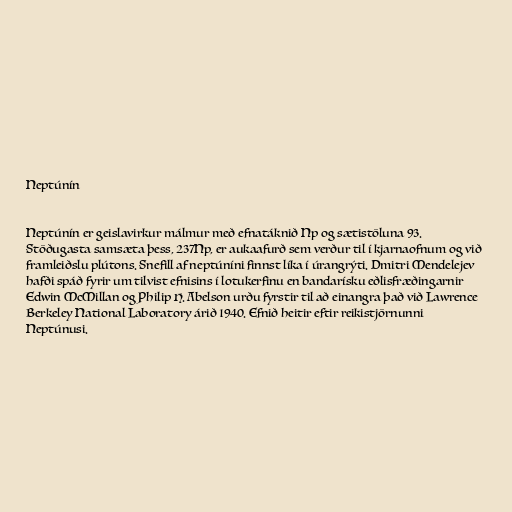
Neptúnín

Neptúnín er geislavirkur málmur með efnatáknið Np og sætistöluna 93.
Stöðugasta samsæta þess, 237Np, er aukaafurð sem verður til í kjarnaofnum og við
framleiðslu plútons. Snefill af neptúníni finnst líka í úrangrýti. Dmitri Mendelejev
hafði spáð fyrir um tilvist efnisins í lotukerfinu en bandarísku eðlisfræðingarnir
Edwin McMillan og Philip H. Abelson urðu fyrstir til að einangra það við Lawrence
Berkeley National Laboratory árið 1940. Efnið heitir eftir reikistjörnunni
Neptúnusi.